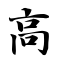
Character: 高